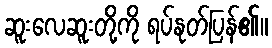
ဆူးလေဆူးတို့ကို ရပ်နုတ်ပြန်၏။